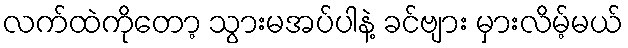
လက်ထဲကိုတော့ သွားမအပ်ပါနဲ့ ခင်ဗျား မှားလိမ့်မယ်